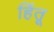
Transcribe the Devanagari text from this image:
हिंतू